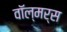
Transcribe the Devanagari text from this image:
वॉल्मर्स